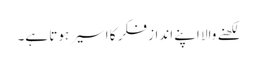
لکھنے والا اپنے انداز فکر کا اسیر ہوتا ہے۔